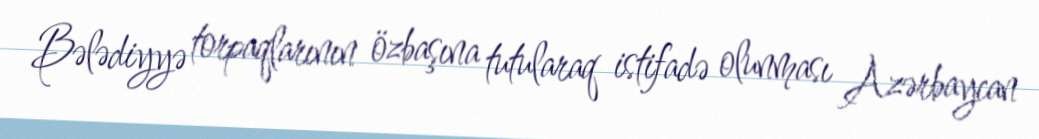
Bələdiyyə torpaqlarının özbaşına tutularaq istifadə olunması Azərbaycan